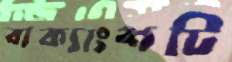
বাক্যাংশটি